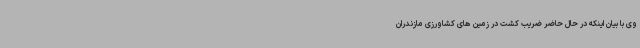
وی با بیان اینکه در حال حاضر ضریب کشت در زمین های کشاورزی مازندران